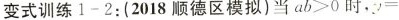
变式训练1-2：(2018顺德区模拟)当ab>0时，=